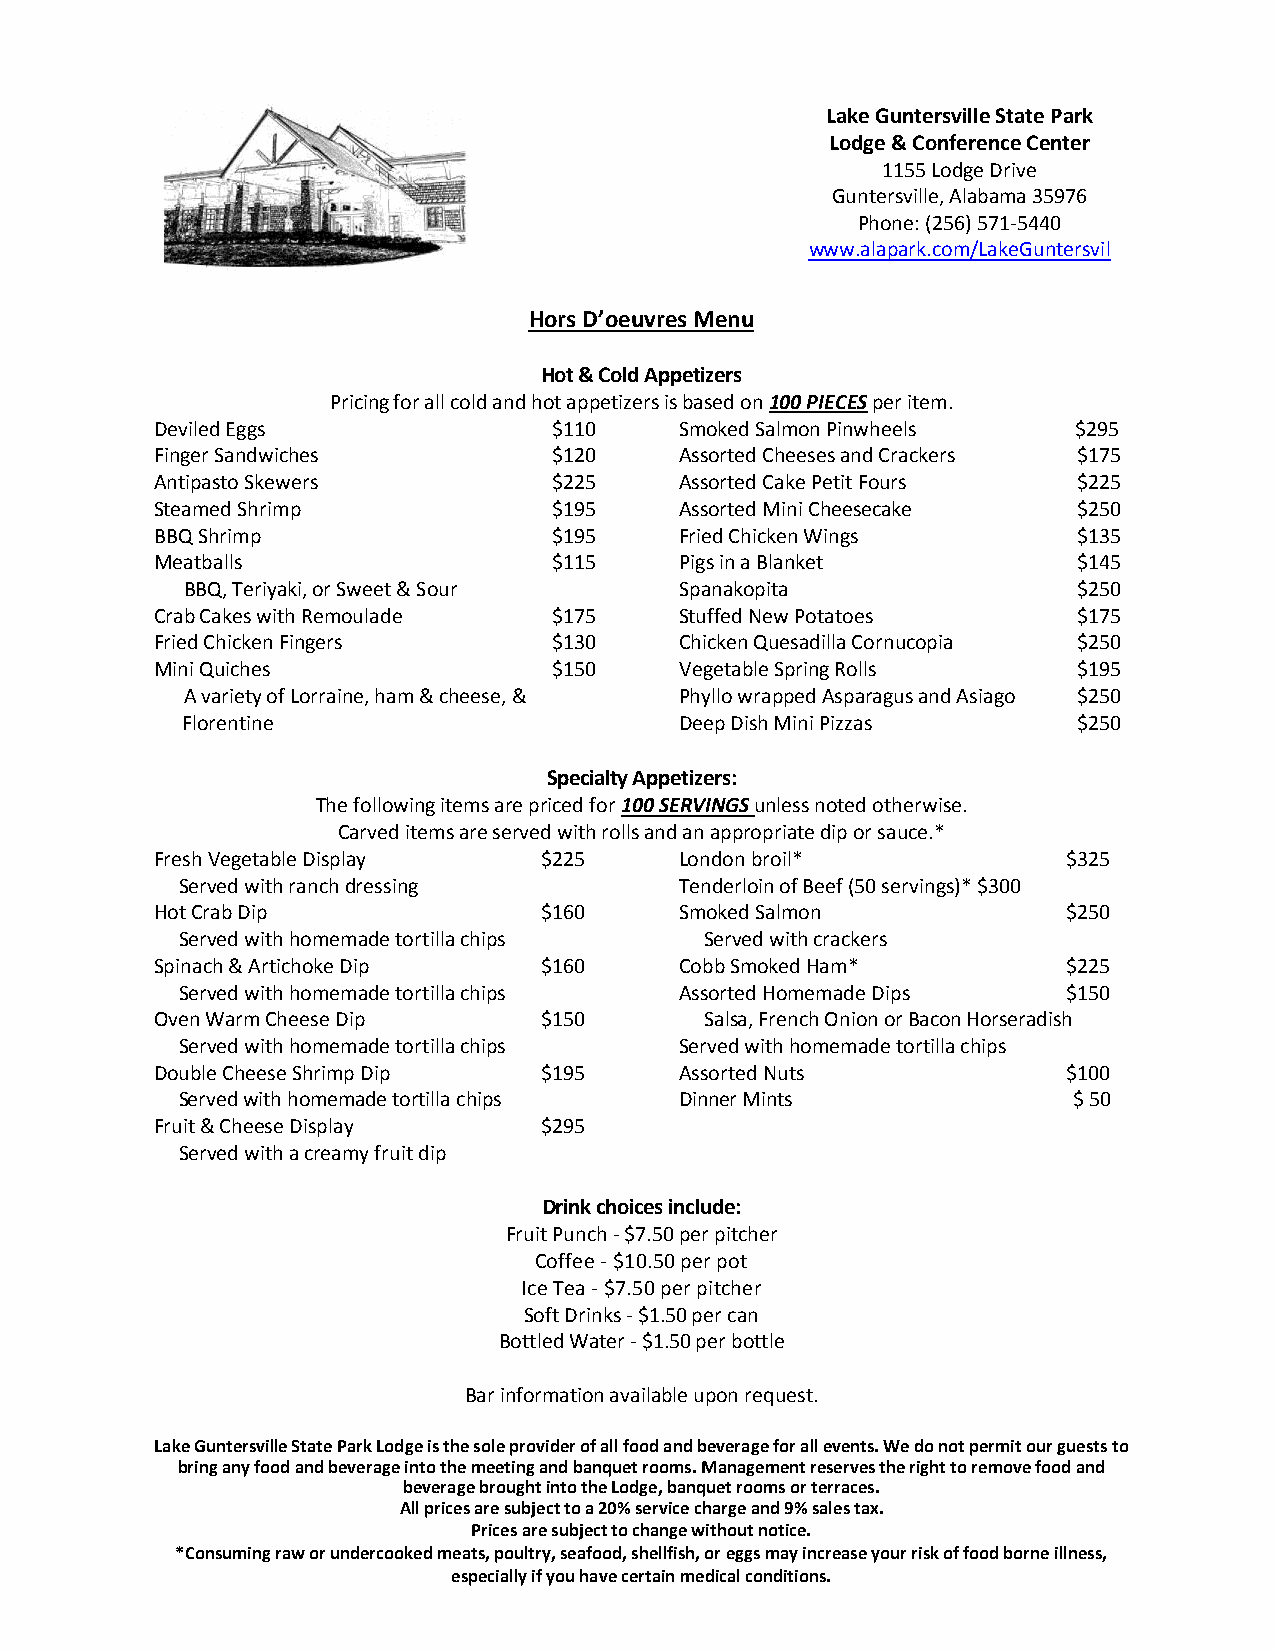
Lake Guntersville State Park
 Lodge & Conference Center
 1155 Lodge Drive
 Guntersville, Alabama 35976
 Phone: (256) 571-5440
 www.alapark.com/LakeGuntersvil
 Hors D’oeuvres Menu
 Hot & Cold Appetizers
 Pricing for all cold and hot appetizers is based on 100 PIECES per item.
 Deviled Eggs               $110    Sm oked Salmon Pinwheels  $295
 Finger Sandwiches          $120    Assorted Cheeses and Crackers $175
 Antipasto Skewers          $225    A s sorted Cake Petit Fours $225
 Steamed Shrimp             $195    Assorted Mini Cheesecake  $250
 BBQ Shrimp                 $195    Fri ed Chicken Wings      $135
 Meatballs                  $115    Pigs in a Blanket         $145
 BBQ, Teriyaki, or Sweet & Sour   Spanakopita               $250
 Crab Cakes with Remoulade  $175    Stuffe d New Potatoes     $175
 Fried Chicken Fingers      $130    Ch icken Quesadilla Cornucopia $250
 Mini Quiches               $150    Vegetable Spring Rolls    $195
 A variety of Lorraine, ham & cheese, & Phyllo wrapped Asparagus and Asiago $250
 Florentine                       Deep Dish Mini Pizzas     $250
 Specialty Appetizers:
 The following items are priced for 100 SERVINGS unless noted otherwise.
 Carved items are served with rolls and an appropriate dip or sauce.*
 Fresh Vegetable Display   $225     London broil*             $325
 Served with ranch dressing       Tenderloin of Beef (50 servings)* $300
 Hot Crab Dip              $160     Smoked Salmon             $250
 Served with homemade tortilla chips Served with crackers
 Spinach & Artichoke Dip   $160     Cobb Smoked Ham*          $225
 Served with homemade tortilla chips Assorted Homemade Dips $150
 Oven Warm Cheese Dip      $150       Salsa, French Onion or Bacon Horseradish
 Served with homemade tortilla chips Served with homemade tortilla chips
 Double Cheese Shrimp Dip  $195     Assorted Nuts             $100
 Served with homemade tortilla chips Dinner Mints           $ 50
 Fruit & Cheese Display    $295
 Served with a creamy fruit dip
 Drink choices include:
 Fruit Punch - $7.50 per pitcher
 Coffee - $10.50 per pot
 Ice Tea - $7.50 per pitcher
 Soft Drinks - $1.50 per can
 Bottled Water - $1.50 per bottle
 Bar information available upon request.
 Lake Guntersville State Park Lodge is the sole provider of all food and beverage for all events. We do not permit our guests to
 bring any food and beverage into the meeting and banquet rooms. Management reserves the right to remove food and
 beverage brought into the Lodge, banquet rooms or terraces.
 All prices are subject to a 20% service charge and 9% sales tax.
 Prices are subject to change without notice.
 *Consuming raw or undercooked meats, poultry, seafood, shellfish, or eggs may increase your risk of food borne illness,
 especially if you have certain medical conditions.